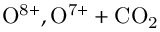
\mathrm { O ^ { 8 + } , O ^ { 7 + } + C O _ { 2 } }